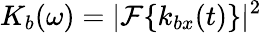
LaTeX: K_{b}(\omega)=|\mathcal{F}\{ k_{bx}(t)\} |^{2}